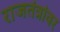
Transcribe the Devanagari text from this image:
राजतंत्रांवर